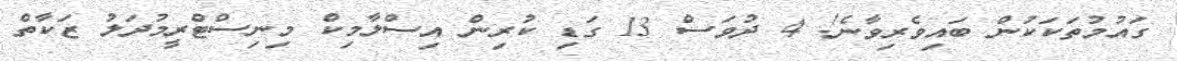
ގައުމުތަކަކުން ބައިވެރިވާނެ! 4 ދުވަސް 13 ގަޑި ކުރިން އިސްލާމިކް މިނިސްޓްރީމުދަލު ޒަކާތް